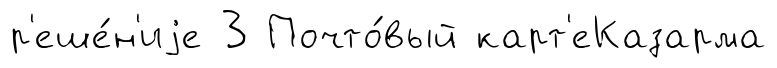
р'еше́н'иjе 3 Почто́вый карт'еКазарма